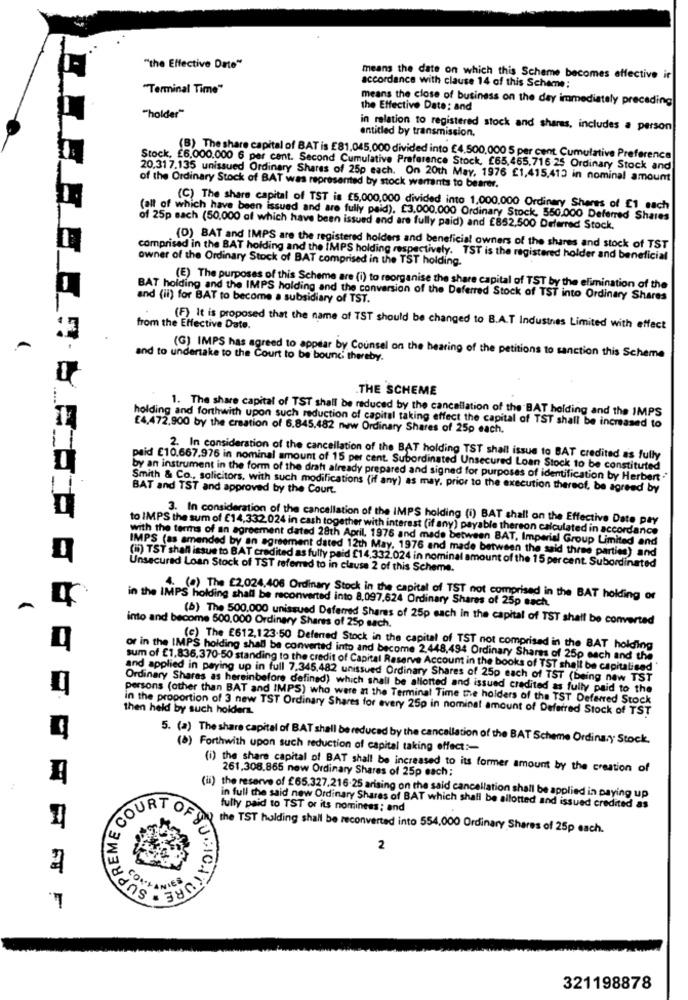
"the Effective Date"
means the date on which this Scheme becomes effective ir
"Terminal Time"
accordance with clause 14 of this Scheme;
means the close of business on the day immediately preceding
the Effective Date: and
"holder"
entitled by transmission.
in relation to registered stock and shares, includes a person
(B) The share capital of BAT is £81.045,000 divided into €4.500.000 5 per cent Cumulative Preference
Stock, £6,000.000 6 per cent. Second Cumulative Preference Stock, £65,465.716 25 Ordinary Stock and
20.317.135 unissued Ordinary Shares of 25p each. On 20th May, 1976 £1,415,413 in nominal amount
of the Ordinary Stock of BAT was represented by stock warrants to bearer.
(C) The share capital of TST is €5,000,000 divided into 1,000,000 Ordinary Shares of E1 each
(all of which have been issued and are fully paid). £3.000.000 Ordinary Stock, 550.000 Deferred Shares
of 25p sach (50,000 of which have been issued and are fully paid) and £852,500 Deferred Stock.
(D) BAT and IMPS are the registered holders and beneficial owners of the shares and stock of TST
owner of the Ordinary Stock of BAT comprised in the TST holding.
comprised in the BAT holding and the IMPS holding respectively. TST is the registered holder and beneficial
(E) The purposes of this Scheme are (i) to reorganise the share capital of TST by the elimination of the
BAT holding and the IMPS holding and the conversion of the Deferred Stock of TST into Ordinary Shares
and (ii) for BAT to become a subsidiary of TST.
from the Effective Date.
(F) It is proposed that the name of TST should be changed to B.A.T Industries Limited with effect
-
and to undertake to the Court to be bound thereby.
(G) IMPS has agreed to appear by Counsel on the hearing of the petitions to sanction this Scheme
.THE SCHEME
1. The share capital of TST shall be reduced by the cancellation of the BAT holding and the IMPS
holding and forthwith upon such reduction of capital taking effect the capital of TST shall be increased to
£4,472,900 by the creation of 6.845,482 new Ordinary Shares of 25p each.
2. In consideration of the cancellation of the BAT holding TST shall issue to BAT credited as fully
paid €10.667.976 in nominal amount of 15 per cent. Subordinated Unsecured Loan Stock to be constituted
by an instrument in the form of the draft already prepared and signed for purposes of identification by Herbert .
Smith & Co ., solicitors, with such modifications (if any) as may, prior to the execution thereof, be agreed by
BAT and TST and approved by the Court.
3. In consideration of the cancellation of the IMPS holding (i) BAT shall on the Effective Date pay
to IMPS the sum of €14,332,024 in cash together with interest (if any) payable thereon calculated in accordance
with the terms of an agreement dated 28th April, 1976 and made between BAT, Imperial Group Limited and
IMPS (as amended by an agreement dated 12th May. 1976 and made between the said three parties) and
(i) TST shall issue to BAT credited as fully paid £14.332.024 in nominal amount of the 15 per cent. Subordinated
Unsecured Loan Stock of TST referred to in clause 2 of this Scheme.
in the IMPS holding shall be reconverted into 8,097,624 Ordinary Shares of 25p sach.
4. (0) The £2.024,406 Ordinary Stock in the capital of TST not comprised in the BAT holding or
(b) The 500.000 unissued Deferred Shares of 25p sach in the capital of TST shall be converted
into and become 500.000 Ordinery Shares of 25p sach.
(c) The E612,123.50 Deferred Stock in the capital of TST not comprised in the BAT holding
or in the IMPS holding shall be converted into and become 2.448,494 Ordinary Shares of 25p each and the
sum of £1,836,370-50 standing to the credit of Capital Reserve Account in the books of TST shall be capitalised"
and applied in paying up in full 7.345,482 unissued Ordinary Shares of 25p each of TST (being new TST
Ordinary Shares as hereinbefore defined) which shall be allotted and issued credited as fully paid to the
persons (other than BAT and IMPS) who were at the Terminal Time the holders of the TST Deferred Stock
in the proportion of 3 new TST Ordinary Shares for every 250 in nominat amount of Deferred Stock of TST
then held by such holders.
5. (a) The share capital of BAT shall be reduced by the cancellation of the BAT Scheme Ordinary Stock.
(b) Forthwith upon such reduction of capital taking effect :-
(i) the share capital of BAT shall be increased to its former amount by the creation of
261,308.865 new Ordinary Shares of 25p each;
(ii) the reserve of £65.327,216-25 arising on the said cancellation shall be applied in paying up
COURT
in full the said new Ordinary Shares of BAT which shall be allotted and issued credited as
fully paid to TST or its nominees; and
OF
the TST holding shall be reconverted into 554,000 Ordinary Shares of 25p each.
2
SUCIONATUR
321198878